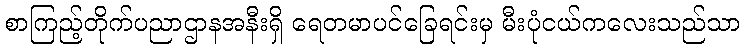
စာကြည့်တိုက်ပညာဌာနအနီးရှိ ရေတမာပင်ခြေရင်းမှ မီးပုံငယ်ကလေးသည်သာ